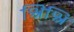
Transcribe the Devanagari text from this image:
श्रिश्रि